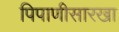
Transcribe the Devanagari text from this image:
पिपाणीसारखा